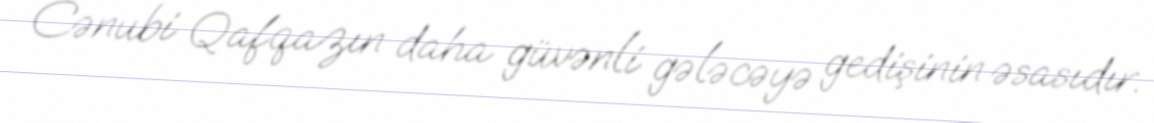
Cənubi Qafqazın daha güvənli gələcəyə gedişinin əsasıdır.